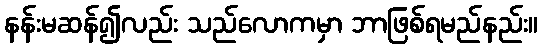
နန်းမဆန်၍လည်း သည်လောကမှာ ဘာဖြစ်ရမည်နည်း။